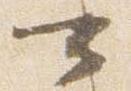
可